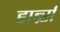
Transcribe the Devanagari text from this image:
हार्ब्र्स